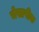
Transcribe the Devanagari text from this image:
चेसापीक